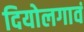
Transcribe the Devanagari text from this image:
दियोलगावं